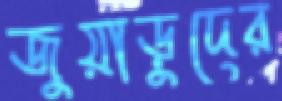
জুয়াড়ুদের